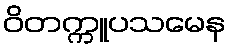
ဝိတက္ကူပသမေန